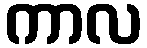
ကာလ